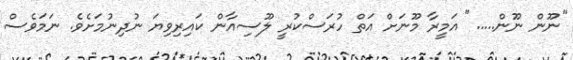
"ނޫން ނޫން....." އަމީރާ މޫނަށް އަތް ހުރަސްކުރީ ލޫސިއާން ކައިރިވިޔަ ނުދިނުމަށެވެ. ނަމަވެސް